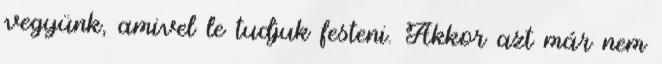
vegyünk, amivel le tudjuk festeni. Akkor azt már nem